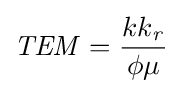
{\mathit {TEM}}={\frac {kk_{\mathit {r}}}{\phi \mu }}